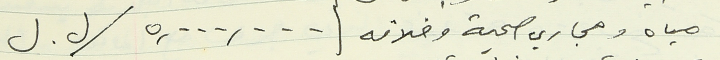
مياه ومجاري صحية وخلافه   ٥,٠٠٠,٠٠٠ / ل. ل